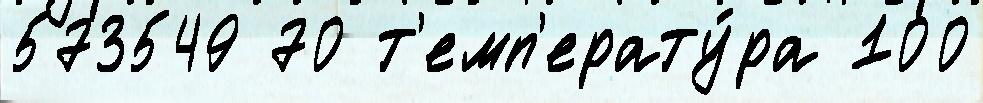
573549 70 т'емп'ерату́ра 100